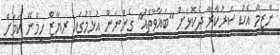
ނާޒިމާ އެކު ސަރުކާރާ ދެކޮޅަށް "ބަޣާވާތެއް" ގެންނަން އުޅުމުގައި ރިޔާޒް ހިމެނޭ ކަމަށް